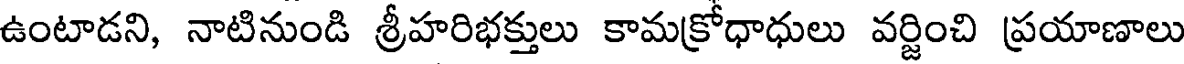
ఉంటాడని, నాటినుండి శ్రీహరిభక్తులు కామక్రోధాధులు వర్జించి ప్రయాణాలు